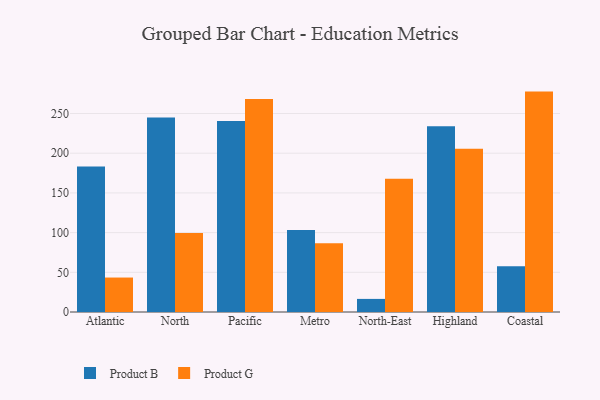
{"axis": {"x": "Region", "y": "Temperature (°C)"}, "legend": ["Product B", "Product G"], "data": [{"x": "Atlantic", "y": 183.3, "type": "Product B"}, {"x": "Atlantic", "y": 43.4, "type": "Product G"}, {"x": "North", "y": 245.1, "type": "Product B"}, {"x": "North", "y": 99.4, "type": "Product G"}, {"x": "Pacific", "y": 240.5, "type": "Product B"}, {"x": "Pacific", "y": 268.3, "type": "Product G"}, {"x": "Metro", "y": 103.3, "type": "Product B"}, {"x": "Metro", "y": 86.6, "type": "Product G"}, {"x": "North-East", "y": 16.5, "type": "Product B"}, {"x": "North-East", "y": 167.7, "type": "Product G"}, {"x": "Highland", "y": 233.9, "type": "Product B"}, {"x": "Highland", "y": 205.6, "type": "Product G"}, {"x": "Coastal", "y": 57.5, "type": "Product B"}, {"x": "Coastal", "y": 277.6, "type": "Product G"}]}